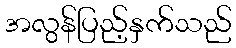
အလွန်ပြည့်နှက်သည်